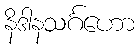
နိဒါနသင်္ဂဟော